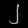
Digit: ၂